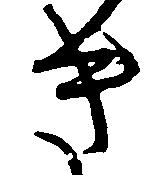
き